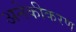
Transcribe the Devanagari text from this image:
अनेकीकरण